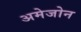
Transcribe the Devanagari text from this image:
अमेजोन